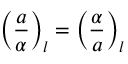
\left( { \frac { a } { \alpha } } \right) _ { l } = \left( { \frac { \alpha } { a } } \right) _ { l }